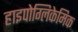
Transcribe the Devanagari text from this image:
हाइपोग्लिकेमिक